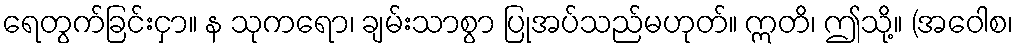
ရေတွက်ခြင်းငှာ။ န သုကရော၊ ချမ်းသာစွာ ပြုအပ်သည်မဟုတ်။ ဣတိ၊ ဤသို့။ (အဝေါစ၊